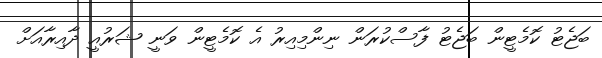
ބަޖެޓު ކޮމެޓީން ބަޖެޓު ފާސްކުރަން ނިންމިއިރު އެ ކޮމެޓީން ވަނީ ޝަރުއީ ދާއިރާއަށް